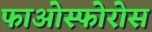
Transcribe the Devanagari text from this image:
फाओस्फोरोस